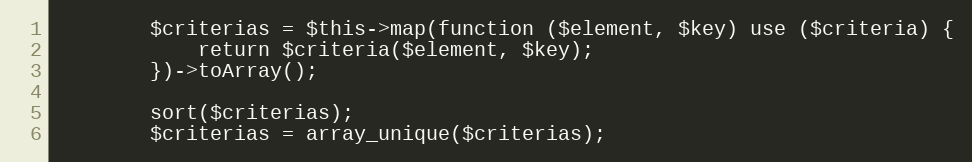
Language: PHP
        $criterias = $this->map(function ($element, $key) use ($criteria) {
            return $criteria($element, $key);
        })->toArray();

        sort($criterias);
        $criterias = array_unique($criterias);